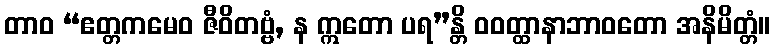
တာဝ “ဧတ္တကမေဝ ဇီဝိတဗ္ဗံ, န ဣတော ပရ”န္တိ ဝဝတ္ထာနာဘာဝတော အနိမိတ္တံ။